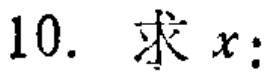
10. 求 \(x\)：